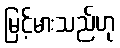
မြင့်မားသည်ဟု